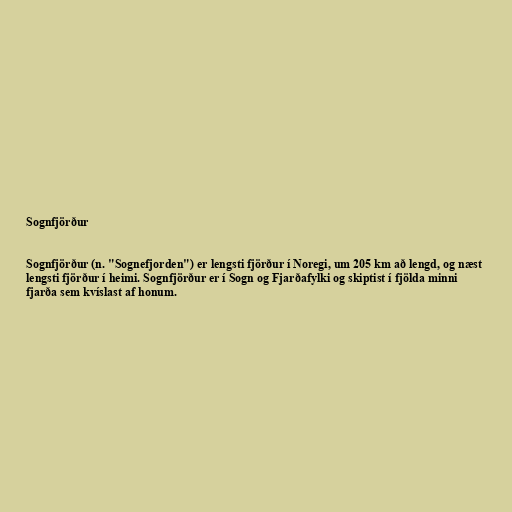
Sognfjörður

Sognfjörður (n. "Sognefjorden") er lengsti fjörður í Noregi, um 205 km að lengd, og næst
lengsti fjörður í heimi. Sognfjörður er í Sogn og Fjarðafylki og skiptist í fjölda minni
fjarða sem kvíslast af honum.